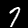
Label: 7